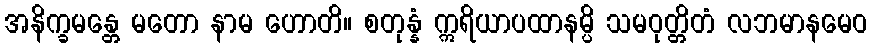
အနိက္ခမန္တေ မတော နာမ ဟောတိ။ စတုန္နံ ဣရိယာပထာနမ္ပိ သမဝုတ္တိတံ လဘမာနမေဝ